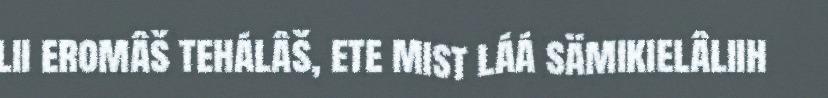
lii eromâš tehálâš, ete mist láá sämikielâliih